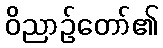
ဝိညာဉ်တော်၏